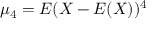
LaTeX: \mu _ { 4 } = E ( X - E ( X ) ) ^ { 4 }